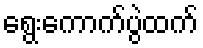
ရွေးကောက်ပွဲထက်